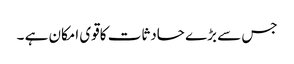
جس سے بڑے حادثات کاقوی امکان ہے ۔